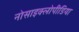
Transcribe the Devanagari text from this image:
नोसाइक्लोपीडिया